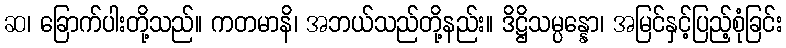
ဆ၊ ခြောက်ပါးတို့သည်။ ကတမာနိ၊ အဘယ်သည်တို့နည်း။ ဒိဋ္ဌိသမ္ပန္နော၊ အမြင်နှင့်ပြည့်စုံခြင်း